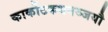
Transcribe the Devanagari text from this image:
कार्कोटकधनञ्जयौ